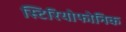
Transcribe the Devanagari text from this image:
स्टिरियोफोनिक